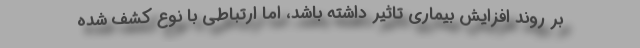
بر روند افزایش بیماری تاثیر داشته باشد، اما ارتباطی با نوع کشف شده